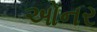
ઓનર